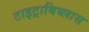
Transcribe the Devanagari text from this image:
टाइट्राबिब्लास